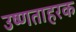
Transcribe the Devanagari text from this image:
उष्णताहरक